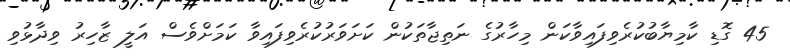
45 ގޮޑި ކާމިޔާބުކުރެވިފައިވާކަން މިހާރުގެ ނަތިޖާތަކުން ކަށަވަރުކުރެވިފައިވާ ކަމަށްވެސް އަލީ ޒާހިރު ވިދާޅުވި